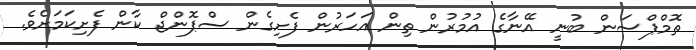
ތޮމްޕްސަން ބުނީ އޭނާގެ އުމުރުން ތިން އަހަރުން ފެށިގެން ސްޕޮންޖް ކާން ފެށިކަމަށެވެ.